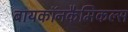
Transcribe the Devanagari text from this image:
बायकॉनकैमिकल्स